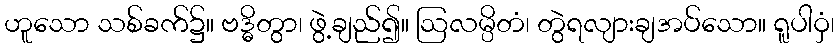
ဟူသော သစ်ခက်၌။ ဗဒ္ဓိတွာ၊ ဖွဲ့ချည်၍။ ဩလမ္ပိတံ၊ တွဲရလျားချအပ်သော။ ရူပါဝှံ၊